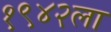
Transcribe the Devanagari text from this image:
१९४२ला